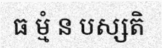
ធ ម្មំ ន បស្សតិ